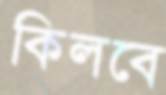
কিলবে